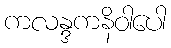
ကလန္ဒကနိဝါပေါ